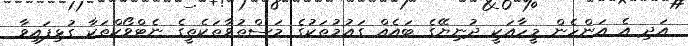
އަދި އެ އަންހެން މީހާއަކީ ދުނިޔޭގެ ބައެއް ގައުމުތަކުގެ މަސްތުވާތަކެތީގެ ނެޓްވޯކްތަކާ ގުޅިފައިވާ